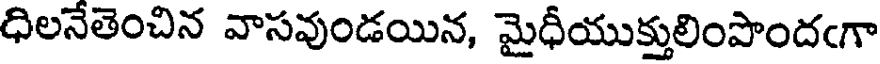
ధిలనేతెంచిన వాసవుండయిన, మైధీయుక్తులింపొందఁగా